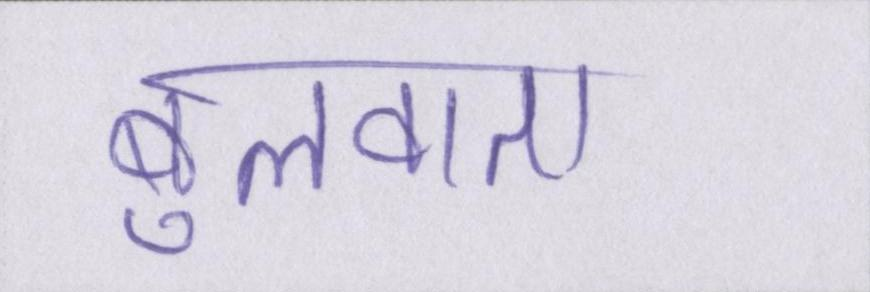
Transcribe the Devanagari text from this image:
बुलवाता